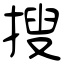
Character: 搜